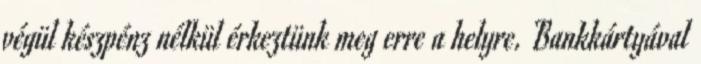
végül készpénz nélkül érkeztünk meg erre a helyre. Bankkártyával